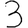
Digit: 3